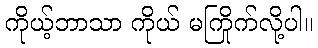
ကိုယ့်ဘာသာ ကိုယ် မကြိုက်လို့ပါ။